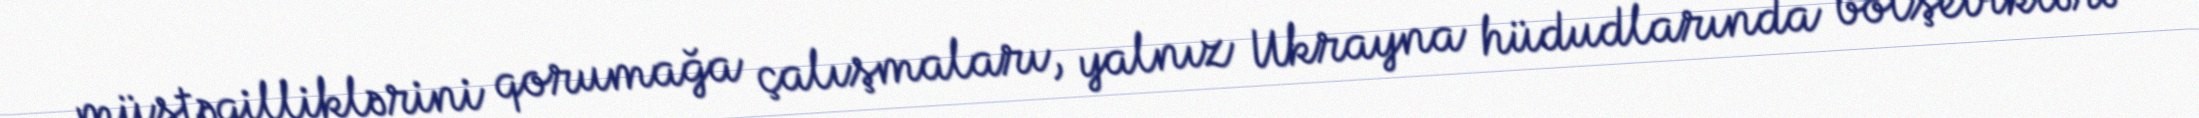
müstəqilliklərini qorumağa çalışmaları, yalnız Ukrayna hüdudlarında bolşeviklərə